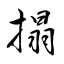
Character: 搨